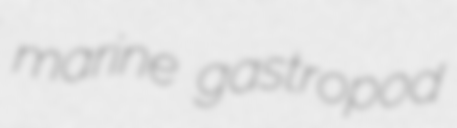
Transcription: marine gastropod